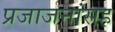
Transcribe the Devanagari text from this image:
प्रजाजनांसह